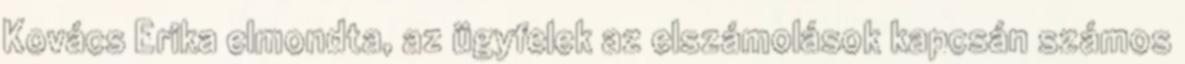
Kovács Erika elmondta, az ügyfelek az elszámolások kapcsán számos